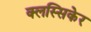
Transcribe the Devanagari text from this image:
क्लस्सिकेर